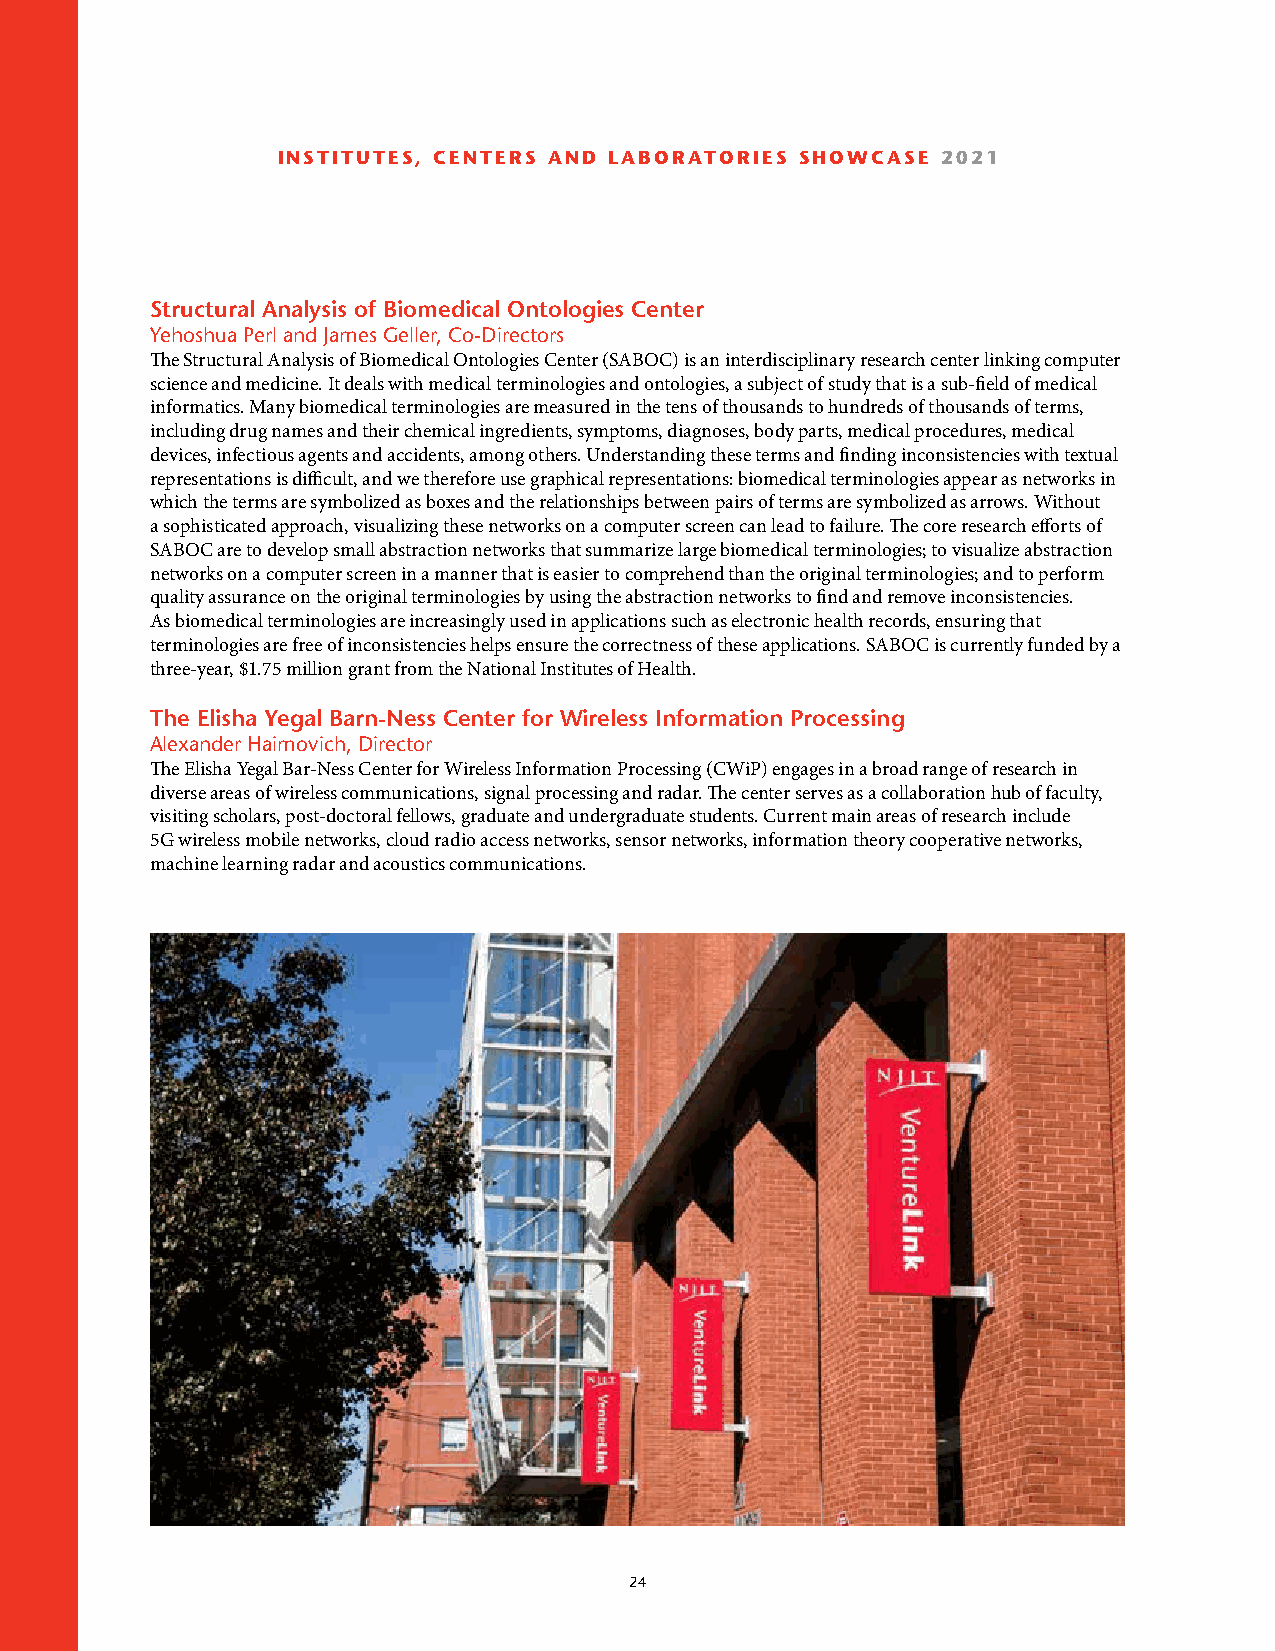
INSTITUTES, CENTERS AND LABORATORIES SHOWCASE 2021
 Structural Analysis of Biomedical Ontologies Center
 Yehoshua Perl and James Geller, Co-Directors
 The Structural Analysis of Biomedical Ontologies Center (SABOC) is an interdisciplinary research center linking computer
 science and medicine. It deals with medical terminologies and ontologies, a subject of study that is a sub-field of medical
 informatics. Many biomedical terminologies are measured in the tens of thousands to hundreds of thousands of terms,
 including drug names and their chemical ingredients, symptoms, diagnoses, body parts, medical procedures, medical
 devices, infectious agents and accidents, among others. Understanding these terms and finding inconsistencies with textual
 representations is difficult, and we therefore use graphical representations: biomedical terminologies appear as networks in
 which the terms are symbolized as boxes and the relationships between pairs of terms are symbolized as arrows. Without
 a sophisticated approach, visualizing these networks on a computer screen can lead to failure. The core research efforts of
 SABOC are to develop small abstraction networks that summarize large biomedical terminologies; to visualize abstraction
 networks on a computer screen in a manner that is easier to comprehend than the original terminologies; and to perform
 quality assurance on the original terminologies by using the abstraction networks to find and remove inconsistencies.
 As biomedical terminologies are increasingly used in applications such as electronic health records, ensuring that
 terminologies are free of inconsistencies helps ensure the correctness of these applications. SABOC is currently funded by a
 three-year, $1.75 million grant from the National Institutes of Health.
 The Elisha Yegal Barn-Ness Center for Wireless Information Processing
 Alexander Haimovich, Director
 The Elisha Yegal Bar-Ness Center for Wireless Information Processing (CWiP) engages in a broad range of research in
 diverse areas of wireless communications, signal processing and radar. The center serves as a collaboration hub of faculty,
 visiting scholars, post-doctoral fellows, graduate and undergraduate students. Current main areas of research include
 5G wireless mobile networks, cloud radio access networks, sensor networks, information theory cooperative networks,
 machine learning radar and acoustics communications.
 24